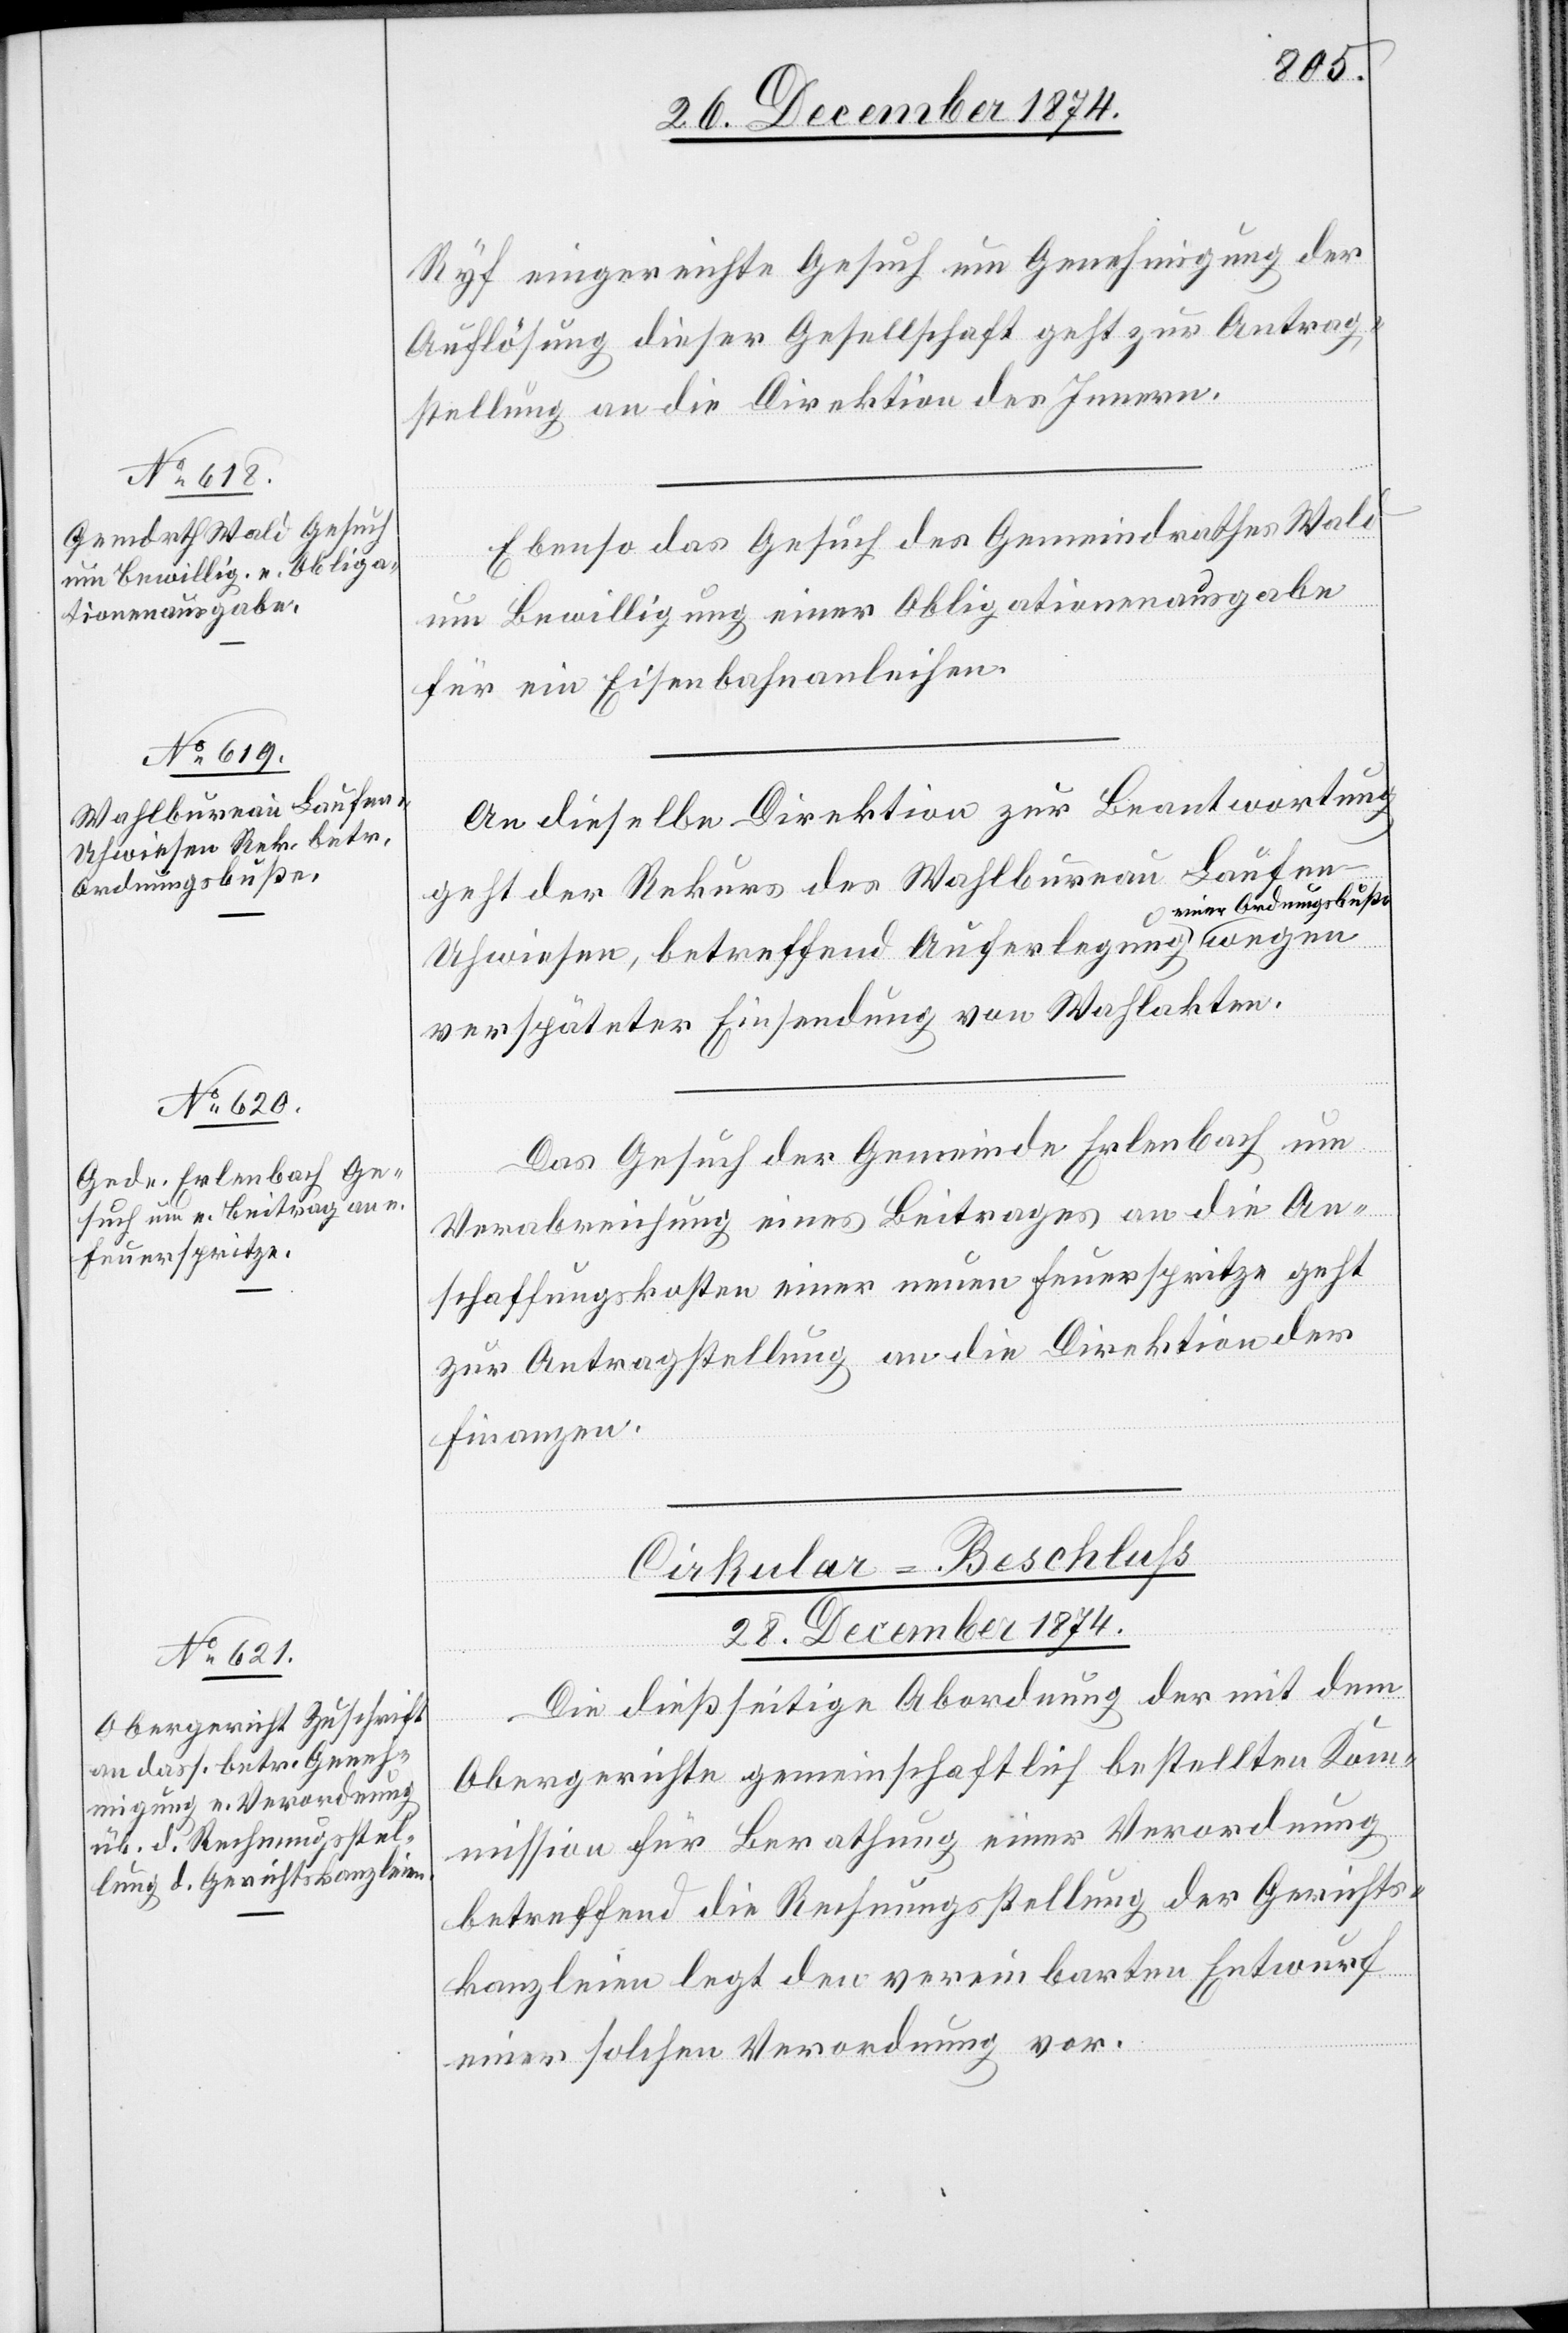
Ordnungsbuße-a

[28. December 1874.]
Ryf eingereichte Gesuch um Genehmigung der
Auflösung dieser Gesellschaft geht zur Antrag¬
stellung an die Direktion des Innern.
Ebenso das Gesuch des Gemeindrathes Wald
um Bewilligung einer Obligationenausgabe
für ein Eisenbahnanleihen.
An dieselbe Direktion zur Beantwortung
geht der Rekurs des Wahlbureau Laufe¬
n-Uhwiesen, betreffend Auferlegung a-einer
verspäteter Einsendung von Wahlakten.
Das Gesuch der Gemeinde Erlenbach um
Verabreichung eines Beitrages an die An¬
schaffungskosten einer neuen Feuerspritze geht
zur Antragstellung an die Direktion der
Finanzen.
Cirkular-Beschluß
Die dießseitige Abordnung der mit dem
Obergerichte gemeinschaftlich bestellten Kom¬
mission für Berathung einer Verordnung
betreffend die Rechnungsstellung der Gerichts¬
kanzleien legt den vereinbarten Entwurf
einer solchen Verordnung vor.